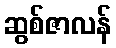
ဆွစ်ဇာလန်